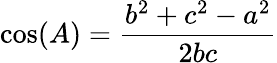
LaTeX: \cos(A)={\frac{b^{2}+c^{2}-a^{2}}{2bc}}